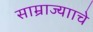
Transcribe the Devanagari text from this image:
साम्राज्यााचे